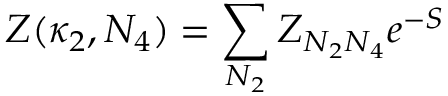
Z ( \kappa _ { 2 } , N _ { 4 } ) = \sum _ { N _ { 2 } } Z _ { N _ { 2 } N _ { 4 } } e ^ { - S }